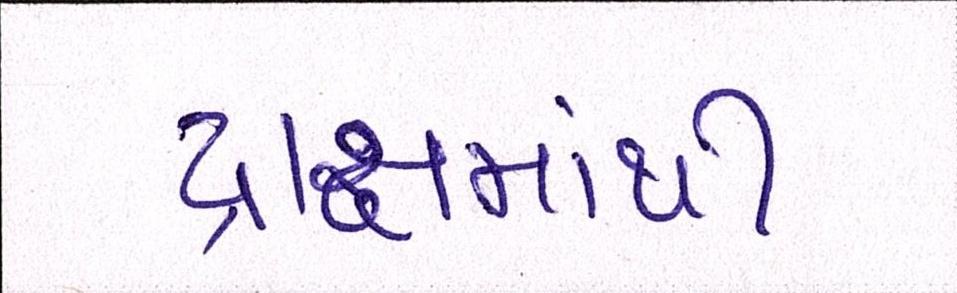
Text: દ્રાક્ષમાંથી